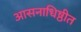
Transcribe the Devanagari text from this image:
आसनाधिष्ठीत